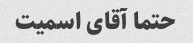
حتما آقای اسمیت